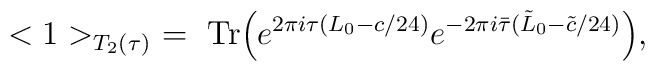
<1>_{T_2(\tau)}\ =\ {\rm Tr}\Bigl(e^{2\pi i \tau (L_0 - c/24)}e^{-2\pi i \bar\tau (\tilde L_0 - \tilde c/24)} \Bigr),